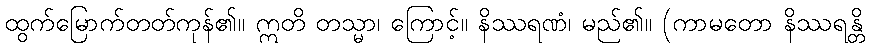
ထွက်မြောက်တတ်ကုန်၏။ ဣတိ တသ္မာ၊ ကြောင့်။ နိဿရဏံ၊ မည်၏။ (ကာမတော နိဿရန္တိ